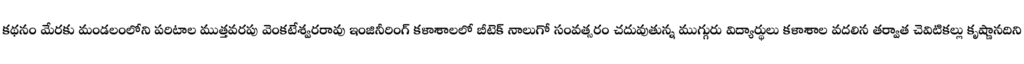
కథనం మేరకు మండలంలోని పరిటాల ముత్తవరపు వెంకటేశ్వరరావు ఇంజినీరింగ్ కళాశాలలో బీటెక్ నాలుగో సంవత్సరం చదువుతున్న ముగ్గురు విద్యార్థులు కళాశాల వదలిన తర్వాత చెవిటికల్లు కృష్ణానదిని